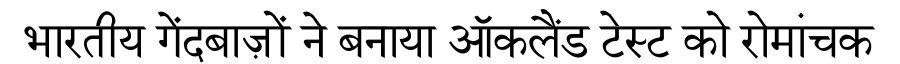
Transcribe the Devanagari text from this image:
भारतीय गेंदबाज़ों ने बनाया ऑकलैंड टेस्ट को रोमांचक